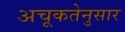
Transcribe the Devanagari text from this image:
अचूकतेनुसार